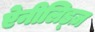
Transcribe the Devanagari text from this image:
ऐनीलिड्ज़